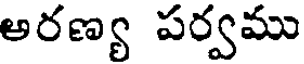
అరణ్య పర్వము